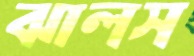
ঝালস